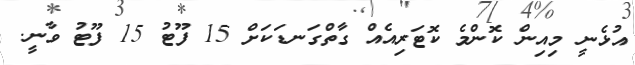
އުޅެނީ މިއިން ކޮންމެ ކޮޓަރިއެއް ގާތްގަނޑަކަށް 15 ފޫޓު 15 ފޫޓު ވާނީ.